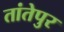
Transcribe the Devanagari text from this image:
तांतेपुर